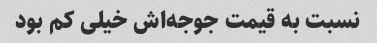
نسبت به قیمت جوجه‌اش خیلی کم بود